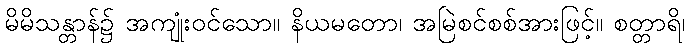
မိမိသန္တာန်၌ အကျုံးဝင်သော။ နိယမတော၊ အမြဲစင်စစ်အားဖြင့်။ စတ္တာရိ၊